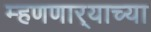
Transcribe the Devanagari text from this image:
म्हणणार्‍याच्या